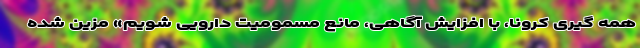
همه گیری کرونا، با افزایش آگاهی، مانع مسمومیت دارویی شویم» مزین شده